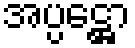
အပ္ပဋ္ဌော